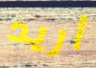
أريد